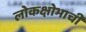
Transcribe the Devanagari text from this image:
लोकक्षोभाची